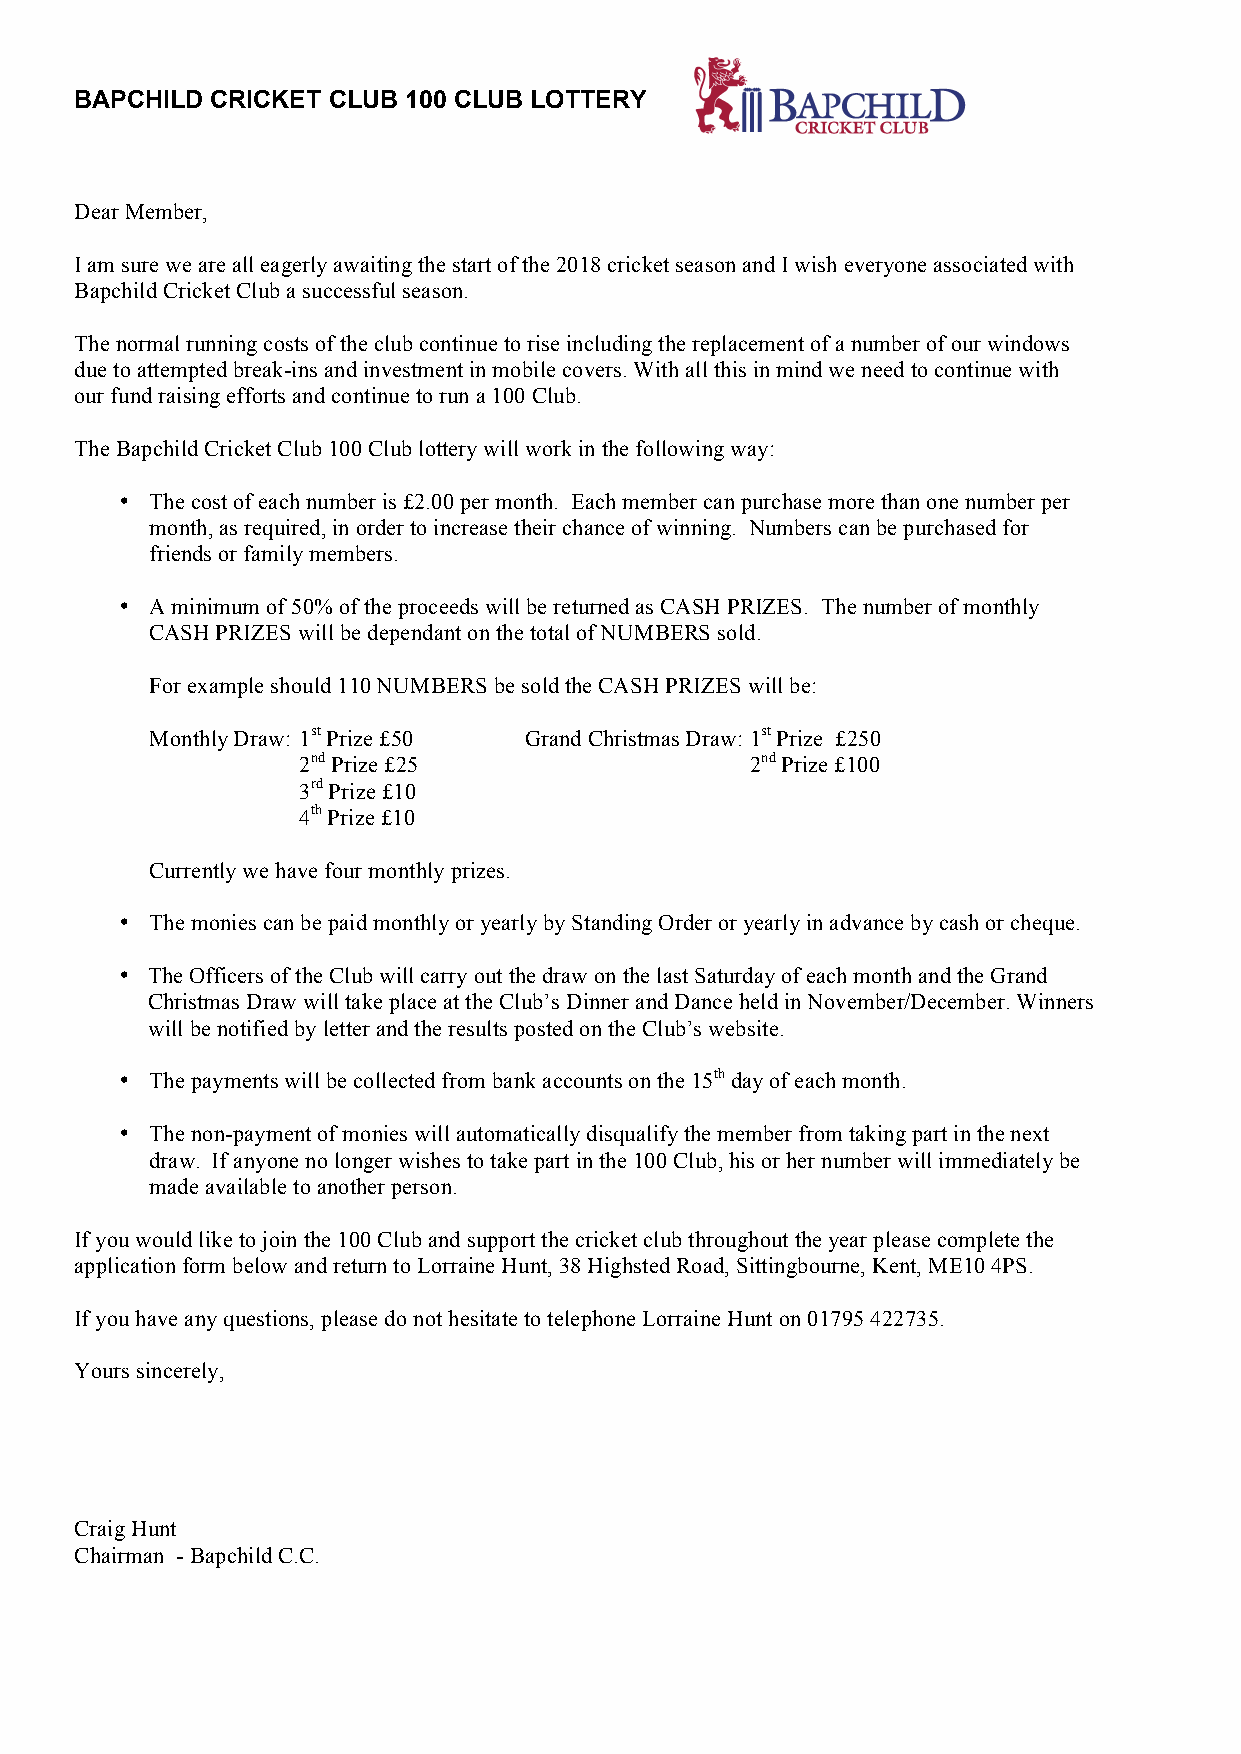
BAPCHILD CRICKET CLUB 100 CLUB LOTTERY
 Dear Member,
 I am sure we are all eagerly awaiting the start of the 2018 cricket season and I wish everyone associated with
 Bapchild Cricket Club a successful season.
 The normal running costs of the club continue to rise including the replacement of a number of our windows
 due to attempted break-ins and investment in mobile covers. With all this in mind we need to continue with
 our fund raising efforts and continue to run a 100 Club.
 The Bapchild Cricket Club 100 Club lottery will work in the following way:
 • The cost of each number is £2.00 per month. Each member can purchase more than one number per
 month, as required, in order to increase their chance of winning. Numbers can be purchased for
 friends or family members.
 • A minimum of 50% of the proceeds will be returned as CASH PRIZES. The number of monthly
 CASH PRIZES will be dependant on the total of NUMBERS sold.
 For example should 110 NUMBERS be sold the CASH PRIZES will be:
 Monthly Draw: 1st Prize £50 Grand Christmas Draw: 1st Prize £250
 2nd Prize £25                 2nd Prize £100
 3rd Prize £10
 4th Prize £10
 Currently we have four monthly prizes.
 • The monies can be paid monthly or yearly by Standing Order or yearly in advance by cash or cheque.
 • The Officers of the Club will carry out the draw on the last Saturday of each month and the Grand
 Christmas Draw will take place at the Club’s Dinner and Dance held in November/December. Winners
 will be notified by letter and the results posted on the Club’s website.
 • The payments will be collected from bank accounts on the 15th day of each month.
 • The non-payment of monies will automatically disqualify the member from taking part in the next
 draw. If anyone no longer wishes to take part in the 100 Club, his or her number will immediately be
 made available to another person.
 If you would like to join the 100 Club and support the cricket club throughout the year please complete the
 application form below and return to Lorraine Hunt, 38 Highsted Road, Sittingbourne, Kent, ME10 4PS.
 If you have any questions, please do not hesitate to telephone Lorraine Hunt on 01795 422735.
 Yours sincerely,
 Craig Hunt
 Chairman - Bapchild C.C.